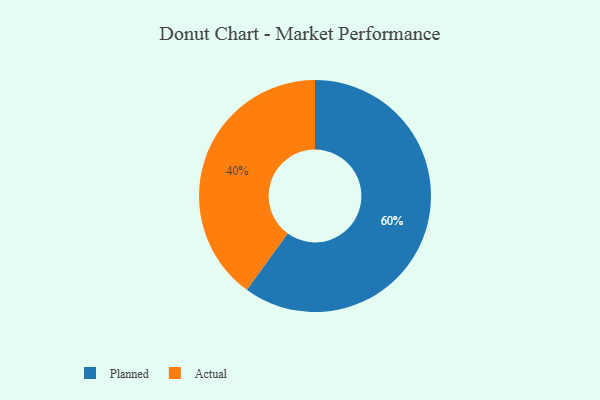
{"axis": {"x": "Category", "y": "Percentage"}, "legend": ["Actual", "Planned"], "data": [{"x": "Planned", "y": 60, "type": "Planned"}, {"x": "Actual", "y": 40, "type": "Actual"}]}